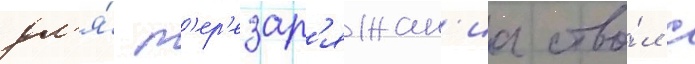
дл'я́ п'ер'езар'яжан'иа ство́л с